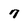
Character: 7